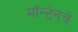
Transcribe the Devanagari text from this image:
मॉन्टेनचे